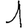
Digit: 1